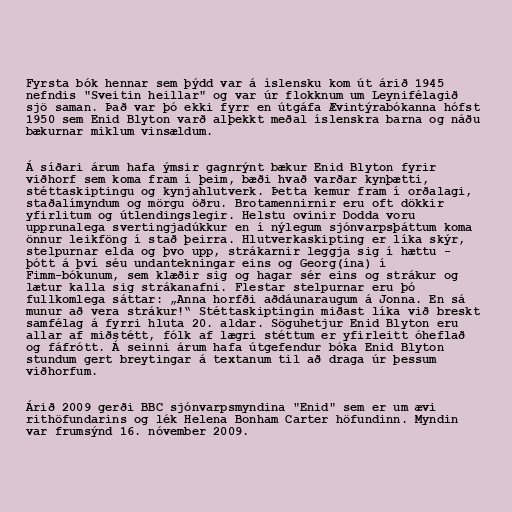
Fyrsta bók hennar sem þýdd var á íslensku kom út árið 1945
nefndis "Sveitin heillar" og var úr flokknum um Leynifélagið
sjö saman. Það var þó ekki fyrr en útgáfa Ævintýrabókanna hófst
1950 sem Enid Blyton varð alþekkt meðal íslenskra barna og náðu
bækurnar miklum vinsældum.

Á síðari árum hafa ýmsir gagnrýnt bækur Enid Blyton fyrir
viðhorf sem koma fram í þeim, bæði hvað varðar kynþætti,
stéttaskiptingu og kynjahlutverk. Þetta kemur fram í orðalagi,
staðalímyndum og mörgu öðru. Brotamennirnir eru oft dökkir
yfirlitum og útlendingslegir. Helstu ovinir Dodda voru
upprunalega svertingjadúkkur en í nýlegum sjónvarpsþáttum koma
önnur leikföng í stað þeirra. Hlutverkaskipting er líka skýr,
stelpurnar elda og þvo upp, strákarnir leggja sig í hættu -
þótt á því séu undantekningar eins og Georg(ína) í
Fimm-bókunum, sem klæðir sig og hagar sér eins og strákur og
lætur kalla sig strákanafni. Flestar stelpurnar eru þó
fullkomlega sáttar: „Anna horfði aðdáunaraugum á Jonna. En sá
munur að vera strákur!“ Stéttaskiptingin miðast líka við breskt
samfélag á fyrri hluta 20. aldar. Söguhetjur Enid Blyton eru
allar af miðstétt, fólk af lægri stéttum er yfirleitt óheflað
og fáfrótt. Á seinni árum hafa útgefendur bóka Enid Blyton
stundum gert breytingar á textanum til að draga úr þessum
viðhorfum.

Árið 2009 gerði BBC sjónvarpsmyndina "Enid" sem er um ævi
rithöfundarins og lék Helena Bonham Carter höfundinn. Myndin
var frumsýnd 16. nóvember 2009.